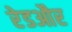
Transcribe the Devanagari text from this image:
रेडऔर